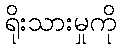
ရိုးသားမှုကို